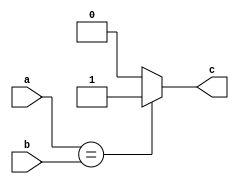
module isEqual(input[15:0] a, b, output reg c); 
  always@(*) begin
    if(a == b)
      c = 1;
    else
      c = 0;
  end  
endmodule